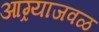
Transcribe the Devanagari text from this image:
आग्र्याजवळ